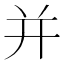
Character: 并